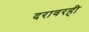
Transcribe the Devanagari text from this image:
दरावरही